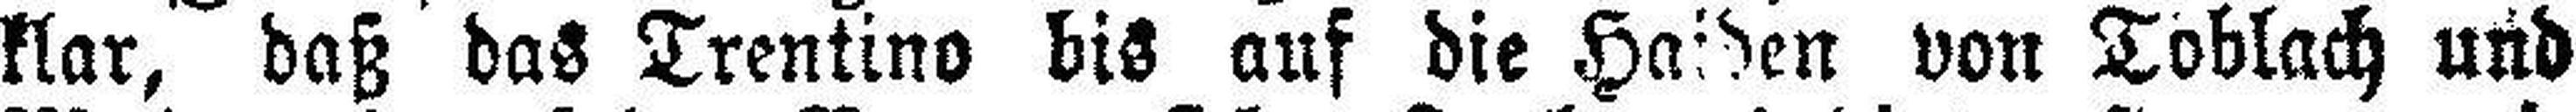
klar, daß das Trentino bis auf die Haiden von Toblach und